Second report of the anti-malarial operations at Mian Mir, 1901-1903 - Number 9
Year: 1901
Disease focus: Malaria
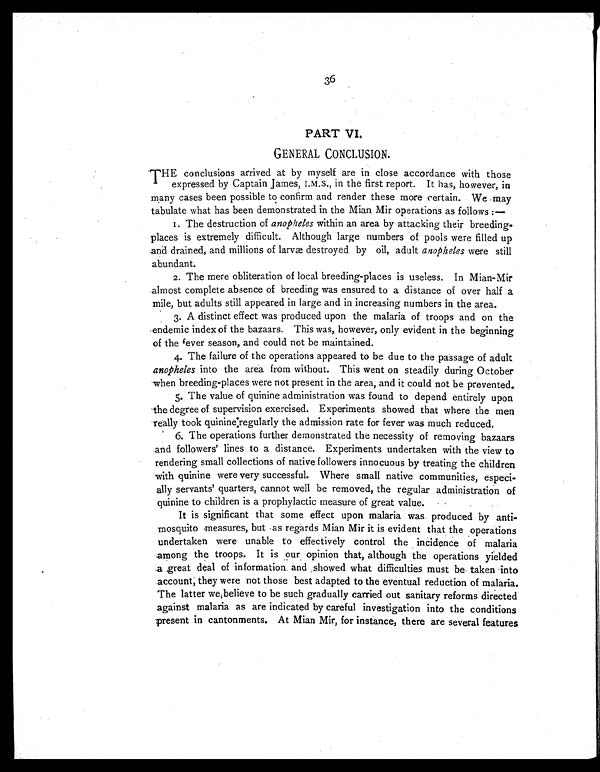
36
PART VI.
GENERAL CONCLUSION.
T HE conclusions arrived at by myself are in close accordance with those
expressed by Captain James, I.M.S., in the first report. It has, however, in
many cases been possible to confirm and render these more certain. We may
tabulate what has been demonstrated in the Mian Mir operations as follows :—
1. The destruction of anopheles within an area by attacking their breeding-
places is extremely difficult. Although large numbers of pools were filled up
and drained, and millions of larvæ destroyed by oil, adult anopheles were still
abundant.
2. The mere obliteration of local breeding-places is useless. In Mian-Mir
almost complete absence of breeding was ensured to a distance of over half a
mile, but adults still appeared in large and in increasing numbers in the area.
3. A distinct effect was produced upon the malaria of troops and on the
endemic index of the bazaars. This was, however, only evident in the beginning
of the fever season, and could not be maintained.
4. The failure of the operations appeared to be due to the passage of adult
anopheles into the area from without. This went on steadily during October
when breeding-places were not present in the area, and it could not be prevented.
5. The value of quinine administration was found to depend entirely upon
the degree of supervision exercised. Experiments showed that where the men
really took quinine regularly the admission rate for fever was much reduced.
6. The operations further demonstrated the necessity of removing bazaars
and followers' lines to a distance. Experiments undertaken with the view to
rendering small collections of native followers innocuous by treating the children
with quinine were very successful. Where small native communities, especi-
ally servants' quarters cannot well be removed, the regular administration of
quinine to children is a prophylactic measure of great value.
It is significant that some effect upon malaria was produced by anti-
mosquito measures, but as regards Mian Mir it is evident that the operations
undertaken were unable to effectively control the incidence of malaria
among the troops. It is our opinion that, although the operations yielded
a great deal of information and showed what difficulties must be taken into
account, they were not those best adapted to the eventual reduction of malaria.
The latter we believe to be such gradually carried out sanitary reforms directed
against malaria as are indicated by careful investigation into the conditions
present in cantonments. At Mian Mir, for instance, there are several features